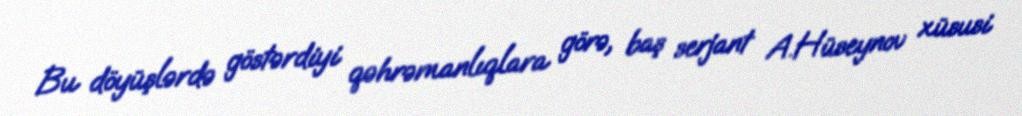
Bu döyüşlərdə göstərdiyi qəhrəmanlıqlara görə, baş serjant A.Hüseynov xüsusi